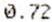
0.72